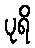
ပုရိ